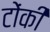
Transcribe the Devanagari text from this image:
टोंकी